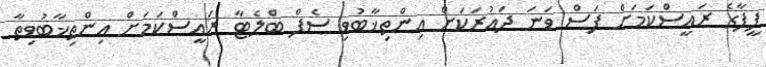
ފީފާގެ ރައީސްކަމަށް ފަސް ވަނަ ދައުރަކަށް އިންތިޚާބުވި ސެފް ބްލެޓާ ރައީސްކަމަށް އިންތިޚާބުވިތާ